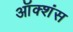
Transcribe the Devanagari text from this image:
ऑक्शंस